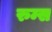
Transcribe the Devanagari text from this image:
रुम्स